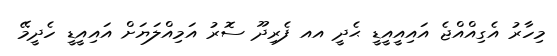
މިހާރު އެގިއްއްޖެ އައިއީއީޑީ ޙެދީ އއ ފެރިދޫ ސޮރު އަމިއްލަޔަށް އައިއީޑީ ހެދީމޭ